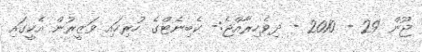
ޖޫން 29 - 2010 - ދިވެހިރާއްޖެ:- ކެބިނެޓްގެ ހުރިހައި ވަޒީރުން އެކީގައި